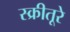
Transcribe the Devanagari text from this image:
स्क्रीतूरे